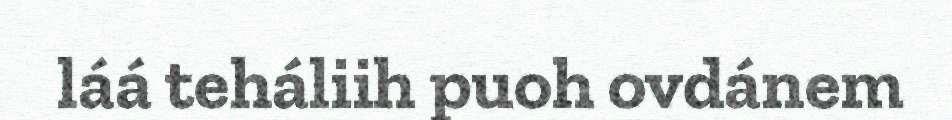
láá teháliih puoh ovdánem